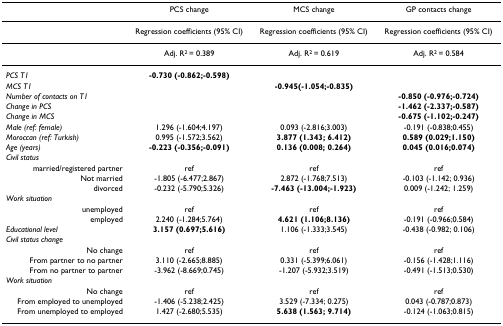
<table><thead><tr><td></td><td><b>PCS change</b></td><td><b>MCS change</b></td><td><b>GP contacts change</b></td></tr></thead><tbody><tr><td></td><td>Regression coefficients (95% CI)</td><td>Regression coefficients (95% CI)</td><td>Regression coefficients (95% CI)</td></tr><tr><td></td><td>Adj. R<sup>2 </sup>= 0.389</td><td>Adj. R<sup>2 </sup>= 0.619</td><td>Adj. R<sup>2 </sup>= 0.584</td></tr><tr><td><i>PCS T1</i></td><td><b>-0.730 (-0.862;-0.598)</b></td><td></td><td></td></tr><tr><td><i>MCS T1</i></td><td></td><td><b>-0.945(-1.054;-0.835)</b></td><td></td></tr><tr><td><i>Number of contacts on T1</i></td><td></td><td></td><td><b>-0.850 (-0.976;-0.724)</b></td></tr><tr><td><i>Change in PCS</i></td><td></td><td></td><td><b>-1.462 (-2.337;-0.587)</b></td></tr><tr><td><i>Change in MCS</i></td><td></td><td></td><td><b>-0.675 (-1.102;-0.247)</b></td></tr><tr><td><i>Male (ref: female)</i></td><td>1.296 (-1.604;4.197)</td><td>0.093 (-2.816;3.003)</td><td>-0.191 (-0.838;0.455)</td></tr><tr><td><i>Moroccan (ref: Turkish)</i></td><td>0.995 (-1.572;3.562)</td><td><b>3.877 (1.343; 6.412)</b></td><td><b>0.589 (0.029;1.150)</b></td></tr><tr><td><i>Age (years)</i></td><td><b>-0.223 (-0.356;-0.091)</b></td><td><b>0.136 (0.008; 0.264)</b></td><td><b>0.045 (0.016;0.074)</b></td></tr><tr><td><i>Civil status</i></td><td></td><td></td><td></td></tr><tr><td>married/registered partner</td><td>ref</td><td>ref</td><td>ref</td></tr><tr><td>Not married</td><td>-1.805 (-6.477;2.867)</td><td>2.872 (-1.768;7.513)</td><td>-0.103 (-1.142; 0.936)</td></tr><tr><td>divorced</td><td>-0.232 (-5.790;5.326)</td><td><b>-7.463 (-13.004;-1.923)</b></td><td>0.009 (-1.242; 1.259)</td></tr><tr><td><i>Work situation</i></td><td></td><td></td><td></td></tr><tr><td>unemployed</td><td>ref</td><td>ref</td><td>ref</td></tr><tr><td>employed</td><td>2.240 (-1.284;5.764)</td><td><b>4.621 (1.106;8.136)</b></td><td>-0.191 (-0.966;0.584)</td></tr><tr><td><i>Educational level</i></td><td><b>3.157 (0.697;5.616)</b></td><td>1.106 (-1.333;3.545)</td><td>-0.438 (-0.982; 0.106)</td></tr><tr><td><i>Civil status change</i></td><td></td><td></td><td></td></tr><tr><td>No change</td><td>ref</td><td>ref</td><td>ref</td></tr><tr><td>From partner to no partner</td><td>3.110 (-2.665;8.885)</td><td>0.331 (-5.399;6.061)</td><td>-0.156 (-1.428;1.116)</td></tr><tr><td>From no partner to partner</td><td>-3.962 (-8.669;0.745)</td><td>-1.207 (-5.932;3.519)</td><td>-0.491 (-1.513;0.530)</td></tr><tr><td><i>Work situation</i></td><td></td><td></td><td></td></tr><tr><td>No change</td><td>ref</td><td>ref</td><td>ref</td></tr><tr><td>From employed to unemployed</td><td>-1.406 (-5.238;2.425)</td><td>3.529 (-7.334; 0.275)</td><td>0.043 (-0.787;0.873)</td></tr><tr><td>From unemployed to employed</td><td>1.427 (-2.680;5.535)</td><td><b>5.638 (1.563; 9.714)</b></td><td>-0.124 (-1.063;0.815)</td></tr></tbody></table>